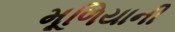
મૂળિયાની